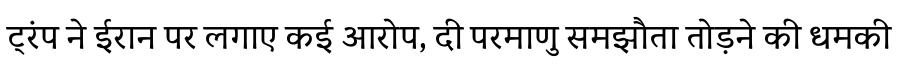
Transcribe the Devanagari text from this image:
ट्रंप ने ईरान पर लगाए कई आरोप, दी परमाणु समझौता तोड़ने की धमकी